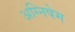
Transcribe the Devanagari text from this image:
अग्निषेम